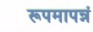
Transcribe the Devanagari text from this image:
रूपमापन्नं